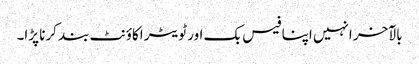
بالآخر انہیں اپنا فیس بک اور ٹویٹر اکاؤنٹ بند کرنا پڑا۔